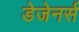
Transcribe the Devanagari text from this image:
डेजेनर्स